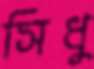
সিধু